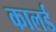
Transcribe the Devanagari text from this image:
कालर्ड